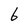
Character: 6